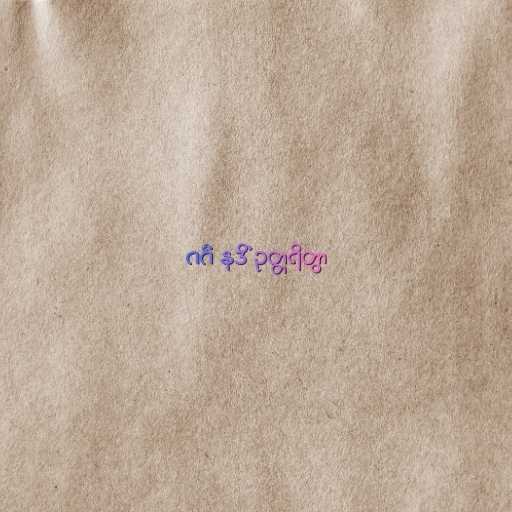
ဂင်္ဂံ နဒိံ ဥတ္တရိတွာ